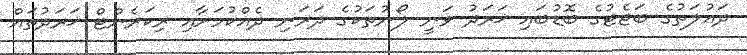
ދައުލަތުގެ ބަޖެޓުގެ ބޮޑުބައި ޚަރަދު ވަނީ ލޯނުތަކުގެ ދަރަނި ދެއްކުމަށާއި ރިކަރެންޓް ޚަރަދުތައް